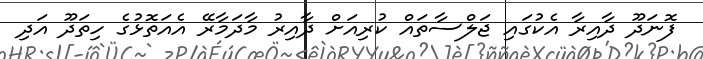
ފޮނަދޫ ދާއިރާ އެކުގައި ޖަލްސާތައް ކުރިއަށް ދާއިރު މާދަމާރޭ އެއަތޮޅުގެ ހިތަދޫ އަދި